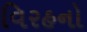
વિરહનો